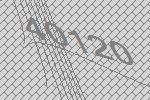
40120